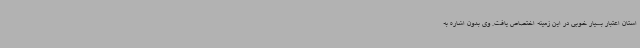
استان اعتبار بسیار خوبی در این زمینه اختصاص یافت. وی بدون اشاره به